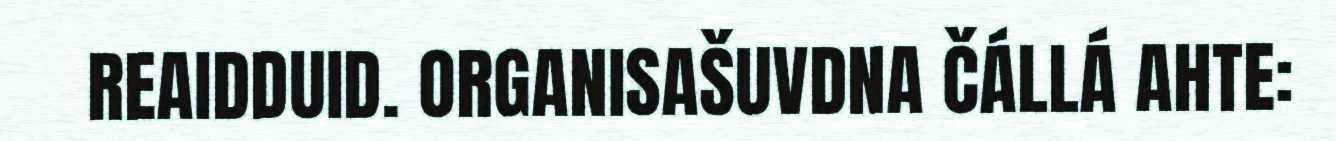
REAIDDUID. ORGANISAŠUVDNA ČÁLLÁ AHTE: